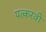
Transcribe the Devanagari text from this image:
पत्करवी